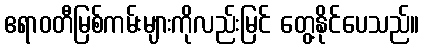
ဧရာဝတီမြစ်ကမ်းများကိုလည်းမြင် တွေ့နိုင်ပေသည်။